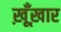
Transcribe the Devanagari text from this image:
ख़ूँख़ार